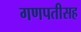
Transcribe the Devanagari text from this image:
गणपतीसह